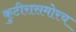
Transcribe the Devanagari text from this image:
कुटीरासमोरच